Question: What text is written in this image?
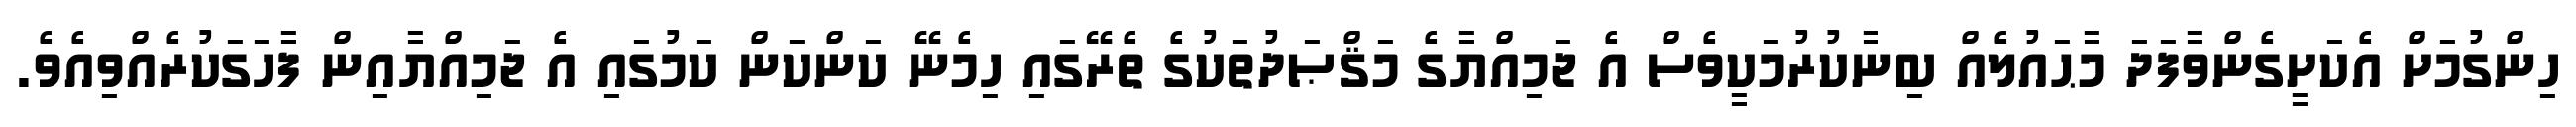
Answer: ހިންގުމަށް އެކަށީގެންވާފަދަ މާޙައުލެއް ބިނާކުރުމަކީވެސް އެ ޖަމިއްޔާގެ މަޤްޞަދުތަކުގެ ތެރޭގައި ހިމެނޭ ކަންކަން ކަމުގައި އެ ޖަމިއްޔާއިން ފާހަގަކުރެއްވިއެވެ.